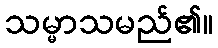
သမ္မာသမည်၏။